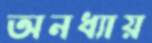
অনধ্যায়